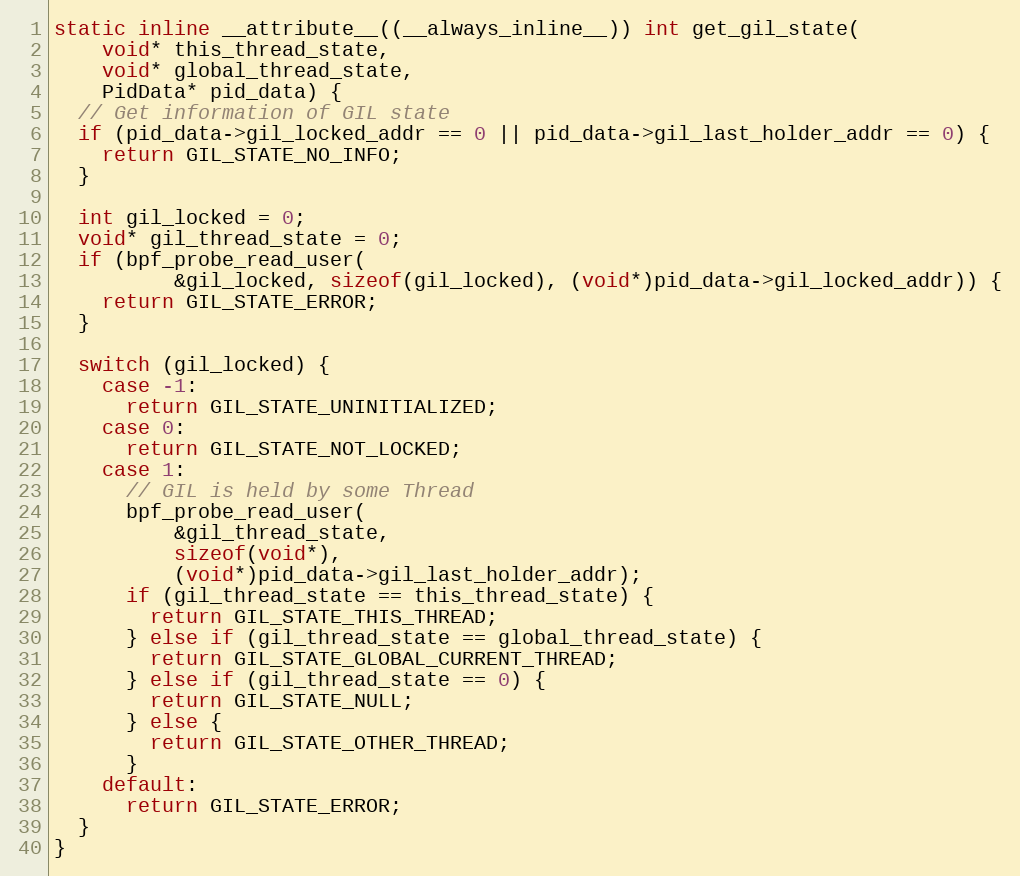
Language: C++
static inline __attribute__((__always_inline__)) int get_gil_state(
    void* this_thread_state,
    void* global_thread_state,
    PidData* pid_data) {
  // Get information of GIL state
  if (pid_data->gil_locked_addr == 0 || pid_data->gil_last_holder_addr == 0) {
    return GIL_STATE_NO_INFO;
  }

  int gil_locked = 0;
  void* gil_thread_state = 0;
  if (bpf_probe_read_user(
          &gil_locked, sizeof(gil_locked), (void*)pid_data->gil_locked_addr)) {
    return GIL_STATE_ERROR;
  }

  switch (gil_locked) {
    case -1:
      return GIL_STATE_UNINITIALIZED;
    case 0:
      return GIL_STATE_NOT_LOCKED;
    case 1:
      // GIL is held by some Thread
      bpf_probe_read_user(
          &gil_thread_state,
          sizeof(void*),
          (void*)pid_data->gil_last_holder_addr);
      if (gil_thread_state == this_thread_state) {
        return GIL_STATE_THIS_THREAD;
      } else if (gil_thread_state == global_thread_state) {
        return GIL_STATE_GLOBAL_CURRENT_THREAD;
      } else if (gil_thread_state == 0) {
        return GIL_STATE_NULL;
      } else {
        return GIL_STATE_OTHER_THREAD;
      }
    default:
      return GIL_STATE_ERROR;
  }
}